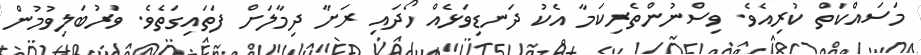
މަސައްކަތް ކުރިއެވެ. ވިސްނުންތެރިކަމާ އެކު ދަނޑިވަޅެއް ހޯދައި ރަށާ ދިމާލަށް ފަތައިގަތެވެ. ވަރުބަލިވުމުން